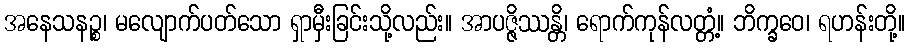
အနေသနဉ္စ၊ မလျောက်ပတ်သော ရှာမှီးခြင်းသို့လည်း။ အာပဇ္ဇိဿန္တိ၊ ရောက်ကုန်လတ္တံ့။ ဘိက္ခဝေ၊ ရဟန်းတို့။